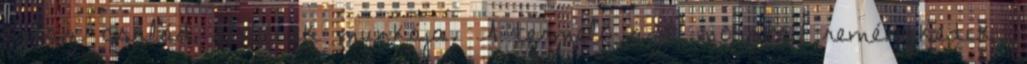
egész család életének munkája. A termelő azt mondta, reménykedik,